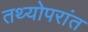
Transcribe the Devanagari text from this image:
तथ्योपरांत